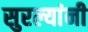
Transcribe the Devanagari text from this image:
सुरल्यांनी